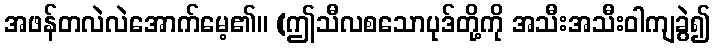
အဖန်တလဲလဲအောက်မေ့၏။ (ဤသီလစသောပုဒ်တို့ကို အသီးအသီးဝါကျခွဲ၍